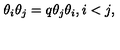
\theta _ { i } \theta _ { j } = q \theta _ { j } \theta _ { i } , i < j ,